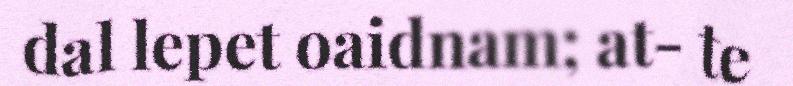
dal lepet oaidnam; at- te